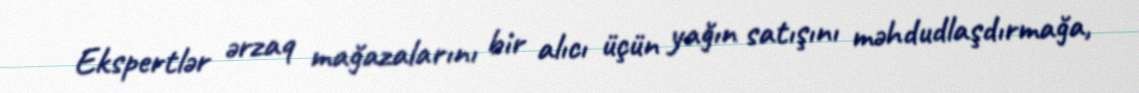
Ekspertlər ərzaq mağazalarını bir alıcı üçün yağın satışını məhdudlaşdırmağa,